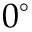
0 ^ { \circ }